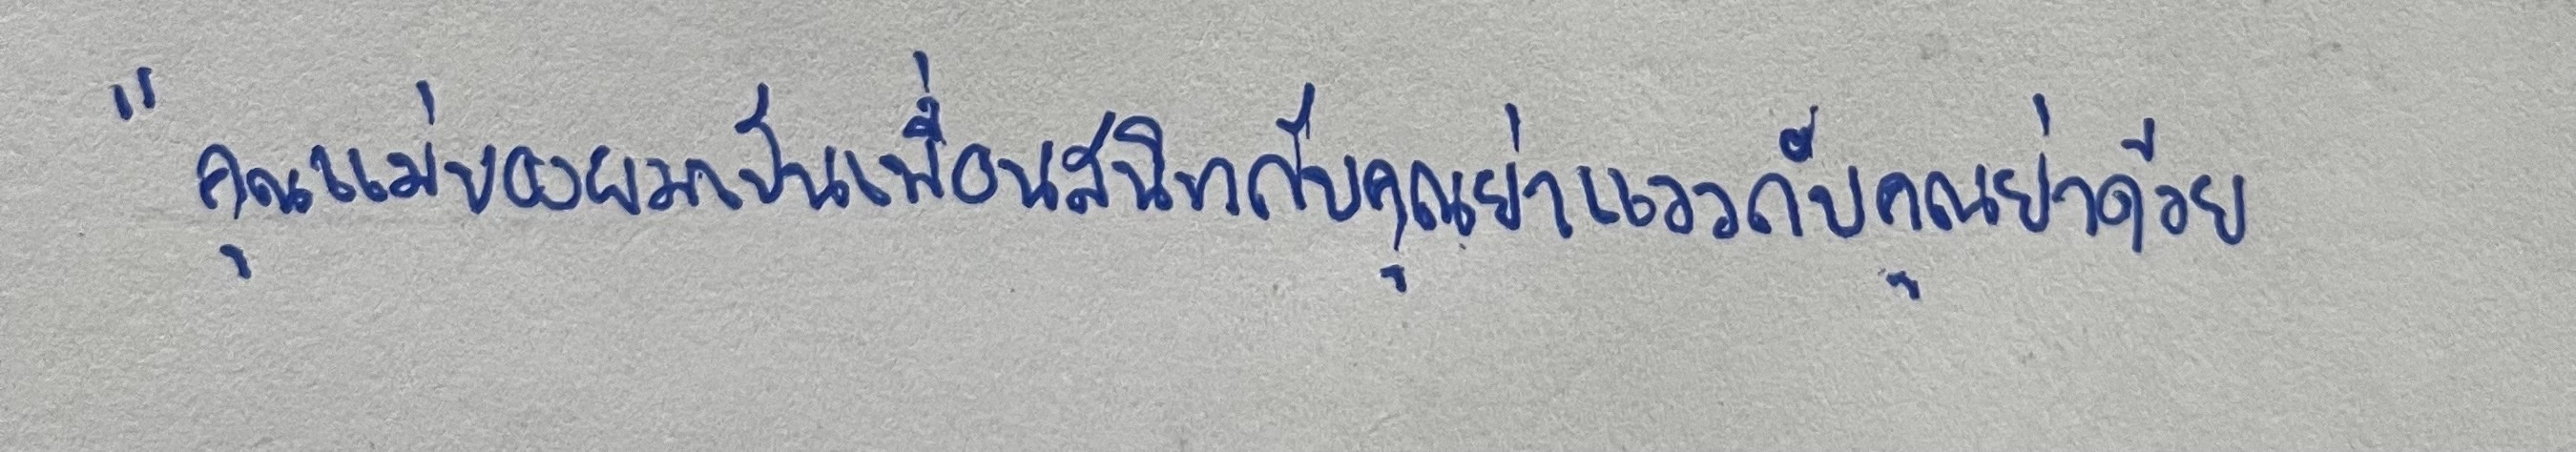
"คุณแม่ของผมเป็นเพื่อนสนิทกับคุณย่าแววกับคุณย่าด้วย